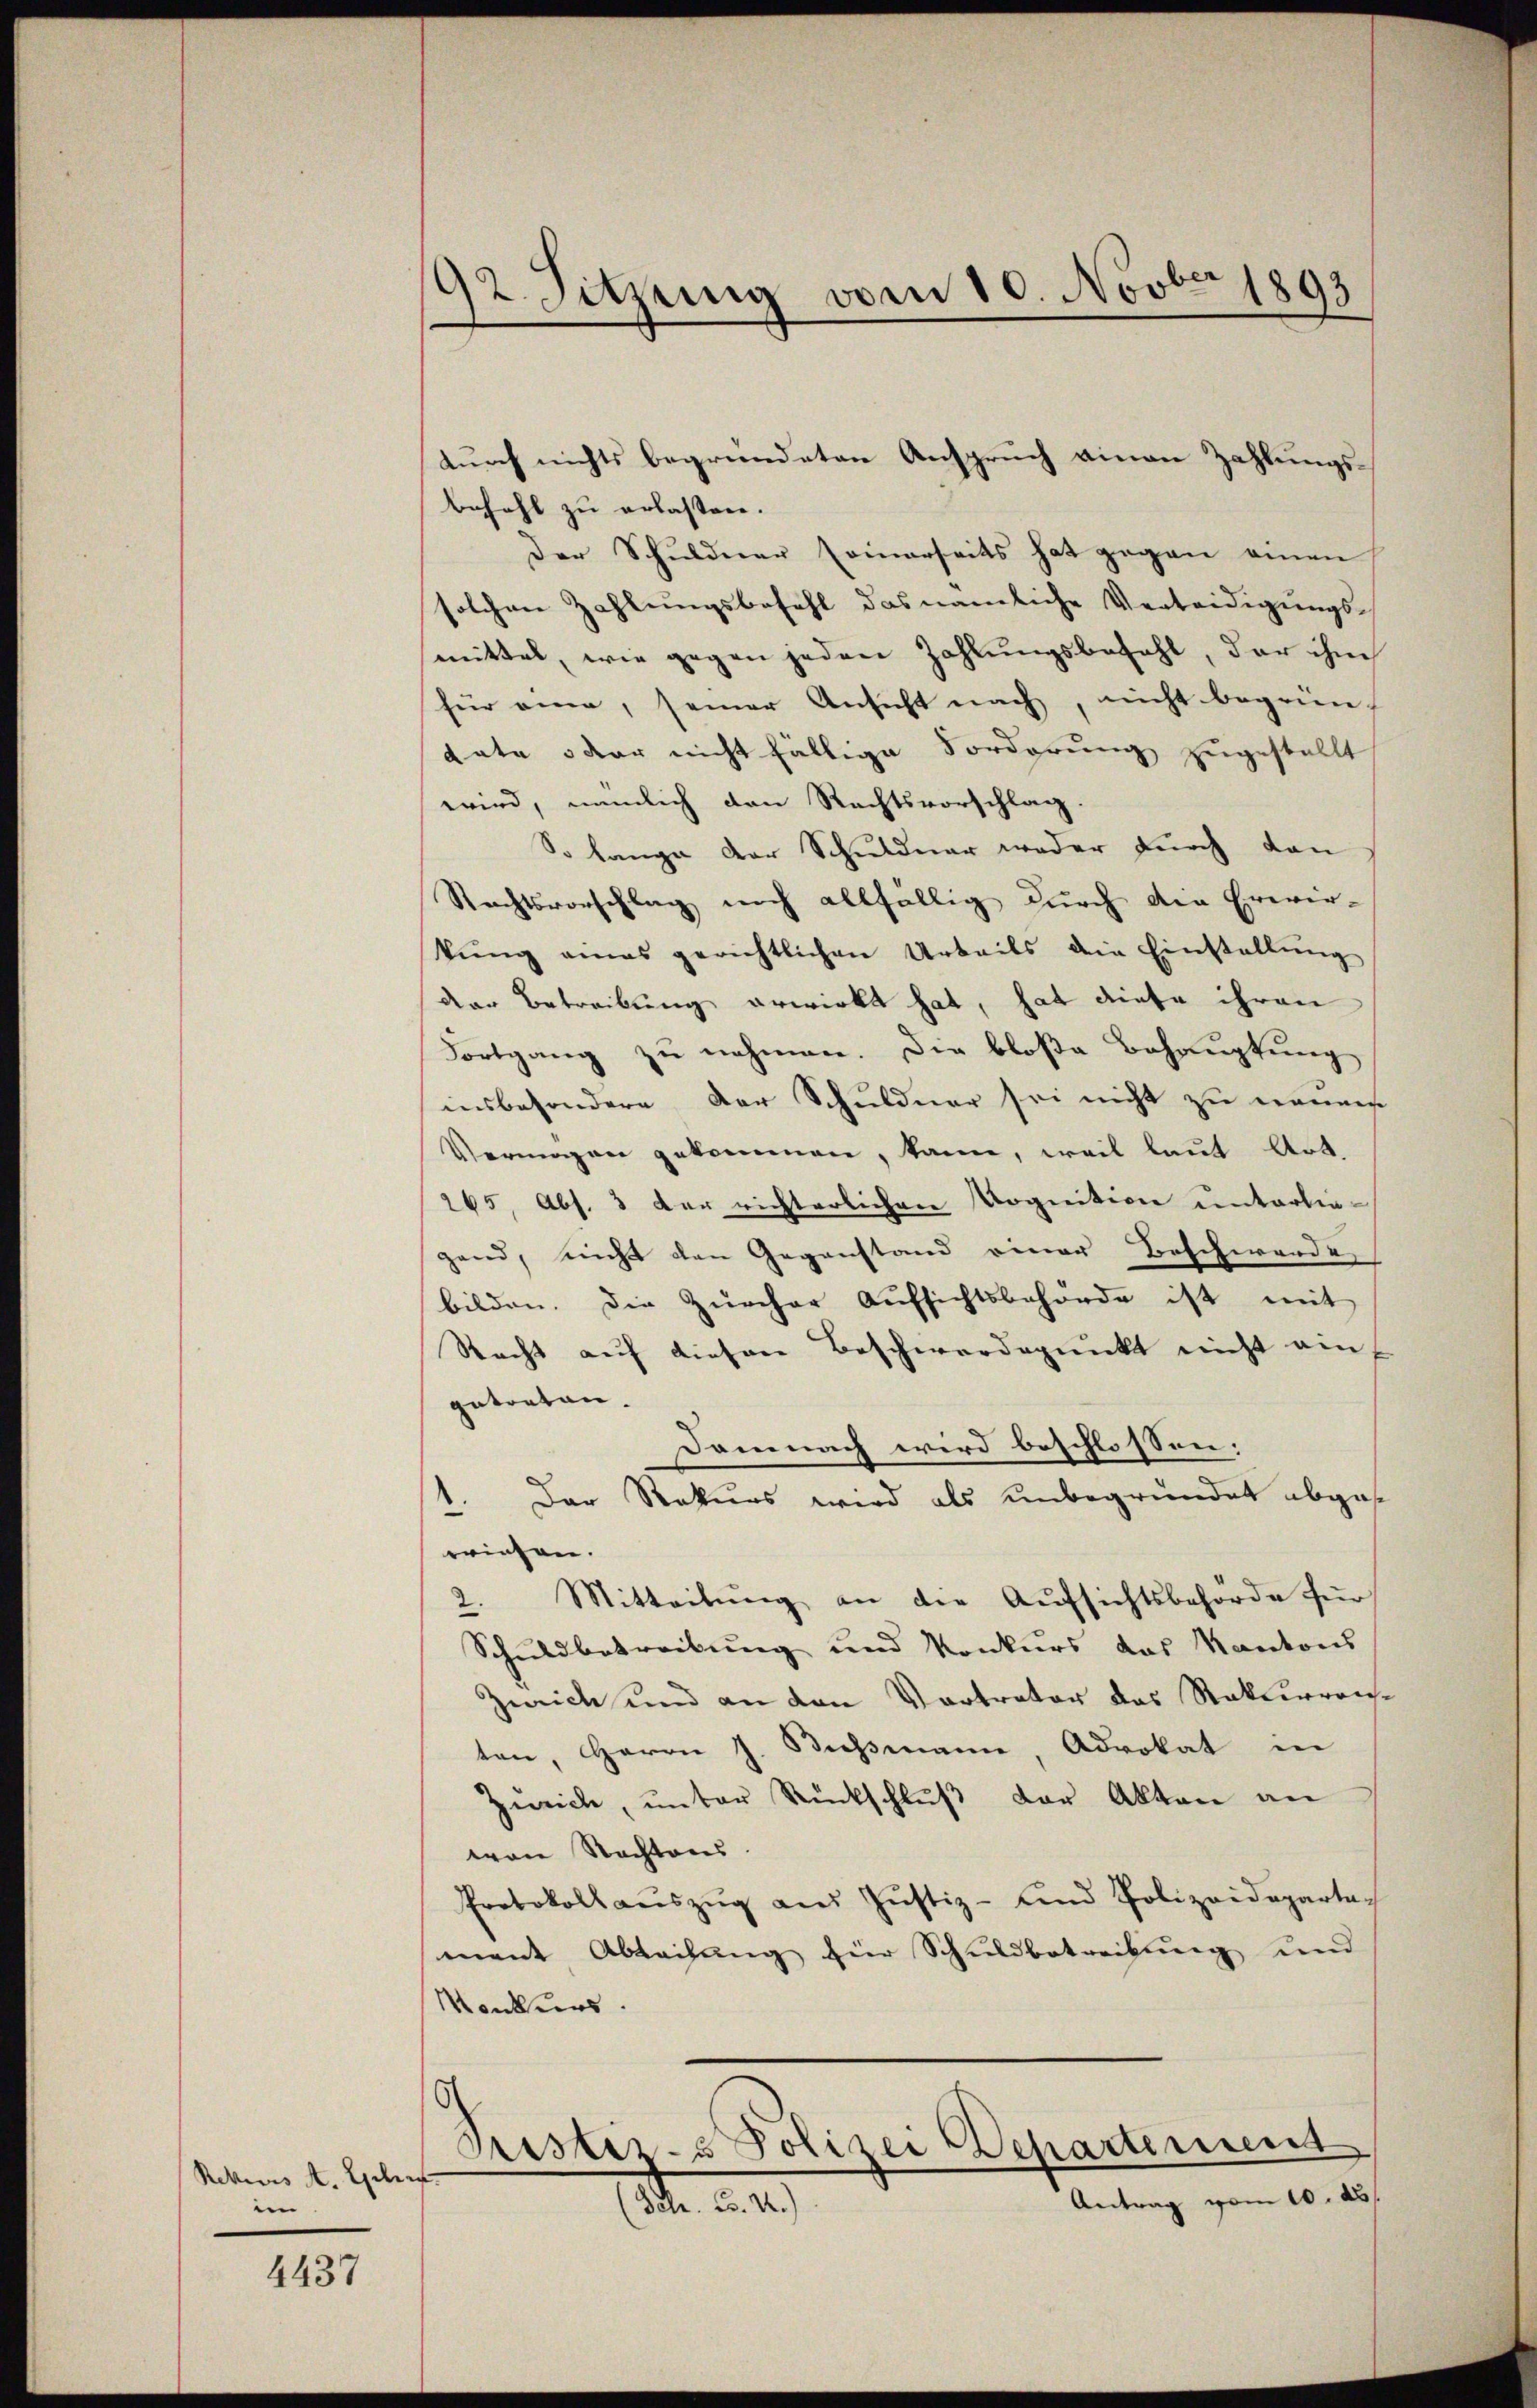
Reines A. Gelei
n

4437

192. Sitzung vom 10. Novber 1893

durch nichts begründeten Anspruch einen Zahlungsbezahl zu erlassen.
Der Schuldner seinerseits hat gegen einen
solchen Zahlungsbefehl das nämliche Verteidigungs-
mittel, wie gegen jeden Zahlungsbefehl, der ihm
für eine, seiner Ansicht nach, nicht begrün-
tate oder nicht fällige Forderung zugestellt
wird, nämlich den Rechtsvorschlag.
So lange der Schuldner weder durch dan
Rechtsvorschlag noch allfällig durch die Erwir-
kŭng amas gerichtlichen Urteils die Einstellŭng
der Betreibung erwirkt hat, hat diese ihren
Fortgang zu nehmen. Die bloße Behauptung
insbesondere der Schuldner sei nicht zu nennes
Vermögen gekommen, kann, weil laut Art.
265, Abs. 3 der richterlichen Vognition unterliegend, nicht den Gegenstand einer Beschwerde
bilden. Die Zürcher Aŭfsichtsbehörde ist mit
Recht auf diesen Beschwerdepunkt nicht auf
getreten.
Demnach wird beschlossen:
Der Rekurs wird als unbegründet abgese
.
eringen.
2. Mitteilung an die Aufsichtsbehörde für
Schuldbetreibung und Konkurs das Kantons
Zwick und an den Vertreter des Stakterreich-
ten, Herrn J. Bismann Advokat in
Zürich, unter Rückschluß der Akten an
von Nachtens
Protokoll aŭszŭg aŭs Jŭstiz- und Polizeideparta-
mant Abteilung für Schuldbetreibung und
Konkurs.
¬
Siester- u Polizei Departement
Antrag vom 10. ds
(Schr. C. R.)